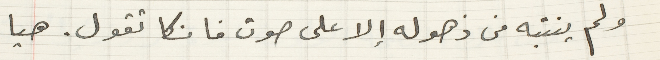
ولم ينتبه من ذهوله إلا على صوت فانكا تقول. هيا